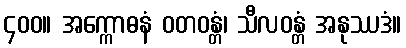
၄၀၀။ အက္ကောဓနံ ဝတဝန္တံ၊ သီလဝန္တံ အနုဿဒံ။